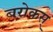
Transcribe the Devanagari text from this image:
बरोकस्